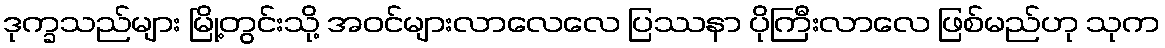
ဒုက္ခသည်များ မြို့တွင်းသို့ အဝင်များလာလေလေ ပြဿနာ ပိုကြီးလာလေ ဖြစ်မည်ဟု သုက